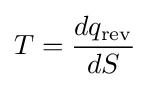
T={\frac {dq_{\mathrm {rev} }}{dS}}